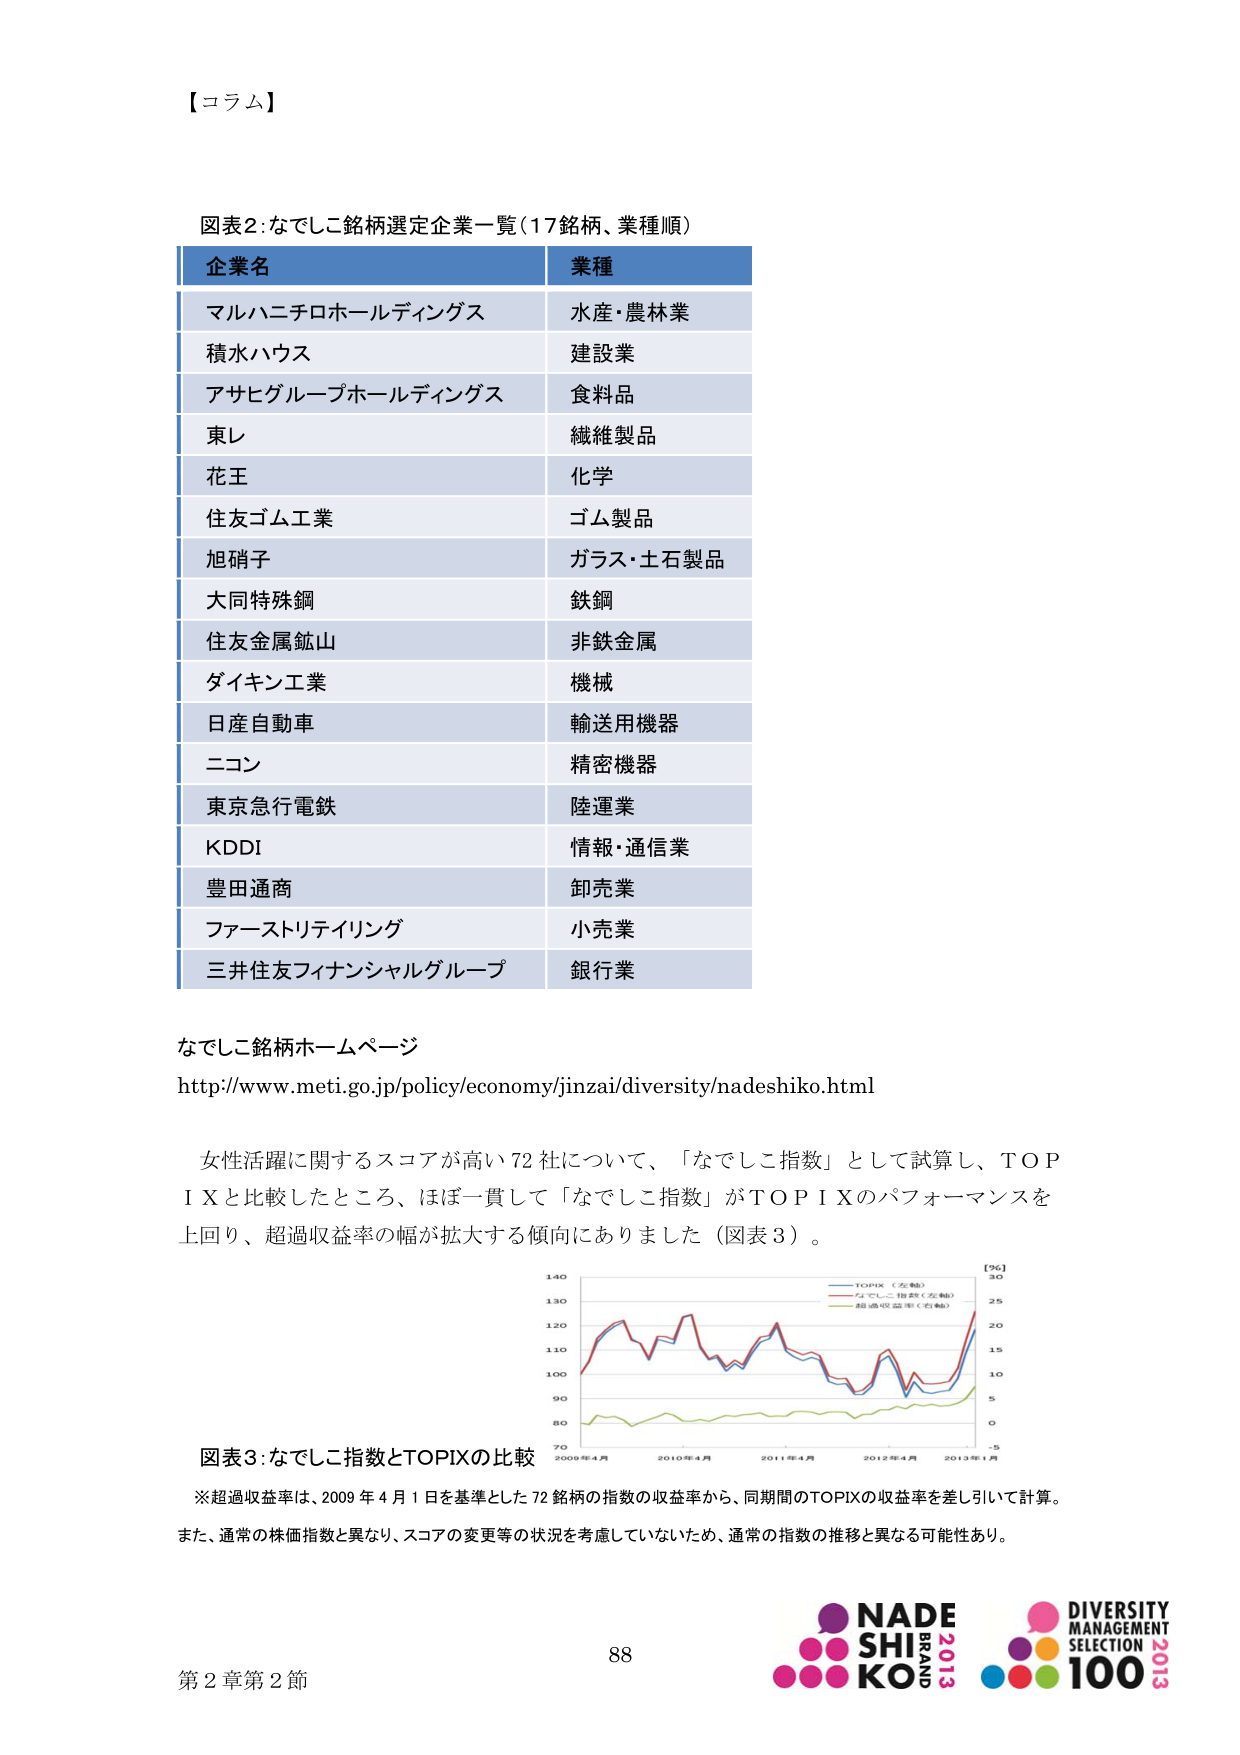
【コラム】

図表2:なでしこ銘柄選定企業一覧（17銘柄、業種順）

企業名 業種
マルハニチロホールディングス 水産・農林業
積水ハウス 建設業
アサヒグループホールディングス 食料品
東レ 繊維製品
花王 化学
住友ゴム工業 ゴム製品
旭硝子 ガラス・土石製品
大同特殊鋼 鉄鋼
住友金属鉱山 非鉄金属
ダイキン工業 機械
日産自動車 輸送用機器
ニコン 精密機器
東京急行電鉄 陸運業
KDDI 情報・通信業
豊田通商 卸売業
ファーストリテイリング 小売業
三井住友フィナンシャルグループ 銀行業

なでしこ銘柄ホームページ
http://www.meti.go.jp/policy/economy/jinzai/diversity/nadeshiko.html

女性活躍に関するスコアが高い72社について、「なでしこ指数」として試算し、TOPIXと比較したところ、ほぼ一貫して「なでしこ指数」がTOPIXのパフォーマンスを上回り、超過収益率の幅が拡大する傾向にありました（図表3）。

図表3:なでしこ指数とTOPIXの比較

※超過収益率は、2009年4月1日を基準とした72銘柄の指数の収益率から、同期間のTOPIXの収益率を差し引いて計算。
また、通常の株価指数と異なり、スコアの変更等の状況を考慮していないため、通常の指数の推移と異なる可能性あり。

88

第2章第2節

NADE
SHI
KO
BRAND
2013

DIVERSITY
MANAGEMENT
SELECTION
100
2013

[%]
30
25
20
15
10
5
0
-5

TOPIX（左軸）
なでしこ指数（左軸）
超過収益率（右軸）

2009年4月 2010年4月 2011年4月 2012年4月 2013年1月

70
80
90
100
110
120
130
140